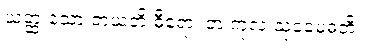
ယတ္ထ သော ဇာယတိ ဓီရော၊ တံ ကုလံ သုခမေဓတိ။